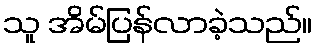
သူ အိမ်ပြန်လာခဲ့သည်။